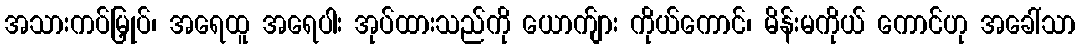
အသားကပ်မြှုပ်၊ အရေထူ အရေပါး အုပ်ထားသည်ကို ယောက်ျား ကိုယ်ကောင်၊ မိန်းမကိုယ် ကောင်ဟု အခေါ်သာ